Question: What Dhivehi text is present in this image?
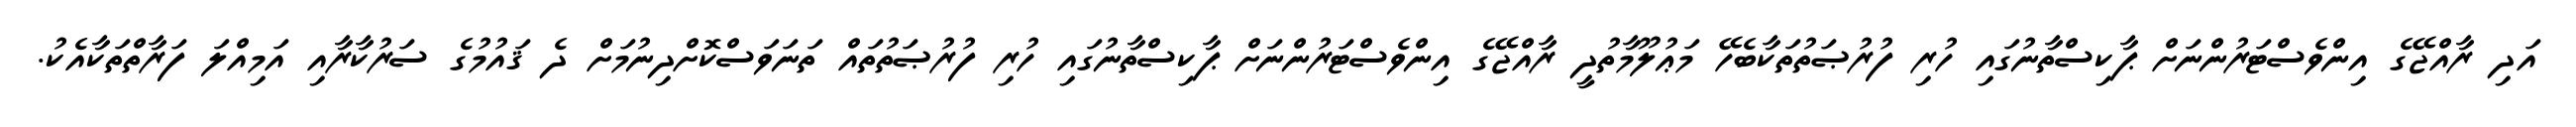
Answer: އަދި ރާއްޖޭގެ އިންވެސްޓަރުންނަށް ޕާކިސްތާނުގައި ހުރި ފުރުޞަތުތަކާބެހޭ މަޢުލޫމާތުދީ ރާއްޖޭގެ އިންވެސްޓަރުންނަށް ޕާކިސްތާނުގައި ހުރި ފުރުޞަތުތައް ތަނަވަސްކޮށްދިނުމަށް ދެ ޤައުމުގެ ސަރުކާރާއި އަމިއްލަ ފަރާތްތަކާއެކު.